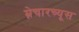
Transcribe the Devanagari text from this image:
म्नेचारच्यूस